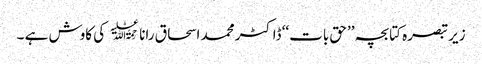
زیر تبصرہ کتابچہ ’’حق بات‘‘ ڈاکٹر محمد اسحاق رانا ﷫ کی کاوش ہے ۔